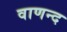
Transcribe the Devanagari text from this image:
वाणन्द